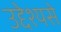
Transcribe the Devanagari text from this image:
उद्देश्यसे